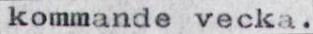
kommande vecka.